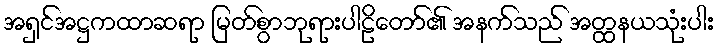
အရှင်အဋ္ဌကထာဆရာ မြတ်စွာဘုရားပါဠိတော်၏ အနက်သည် အတ္ထနယသုံးပါး